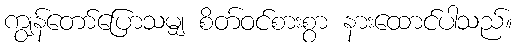
ကျွန်တော်ပြောသမျှ စိတ်ဝင်စားစွာ နားထောင်ပါသည်။